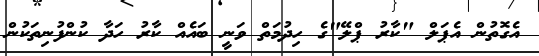
އެގޮތުން އެޕަލް "ކާރު ޕްލޭ"ގެ ހިދުމަތް ވަނީ ބައެއް ކާރު ހަދާ ކުންފުނިތަކުން